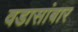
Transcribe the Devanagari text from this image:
वडासांबार